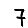
Digit: 7